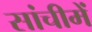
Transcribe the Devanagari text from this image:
सांचीमें